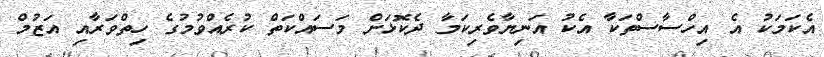
އެކަމަކު އެ އިހްސާސްތަކާ އެކު އަނިޔާވެރިކަމާ ދެކޮޅަށް މަސައްކަތް ކުރެއްވުމުގެ ހިތްވަރާއި އަޒުމް